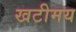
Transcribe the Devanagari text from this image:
खटीमय